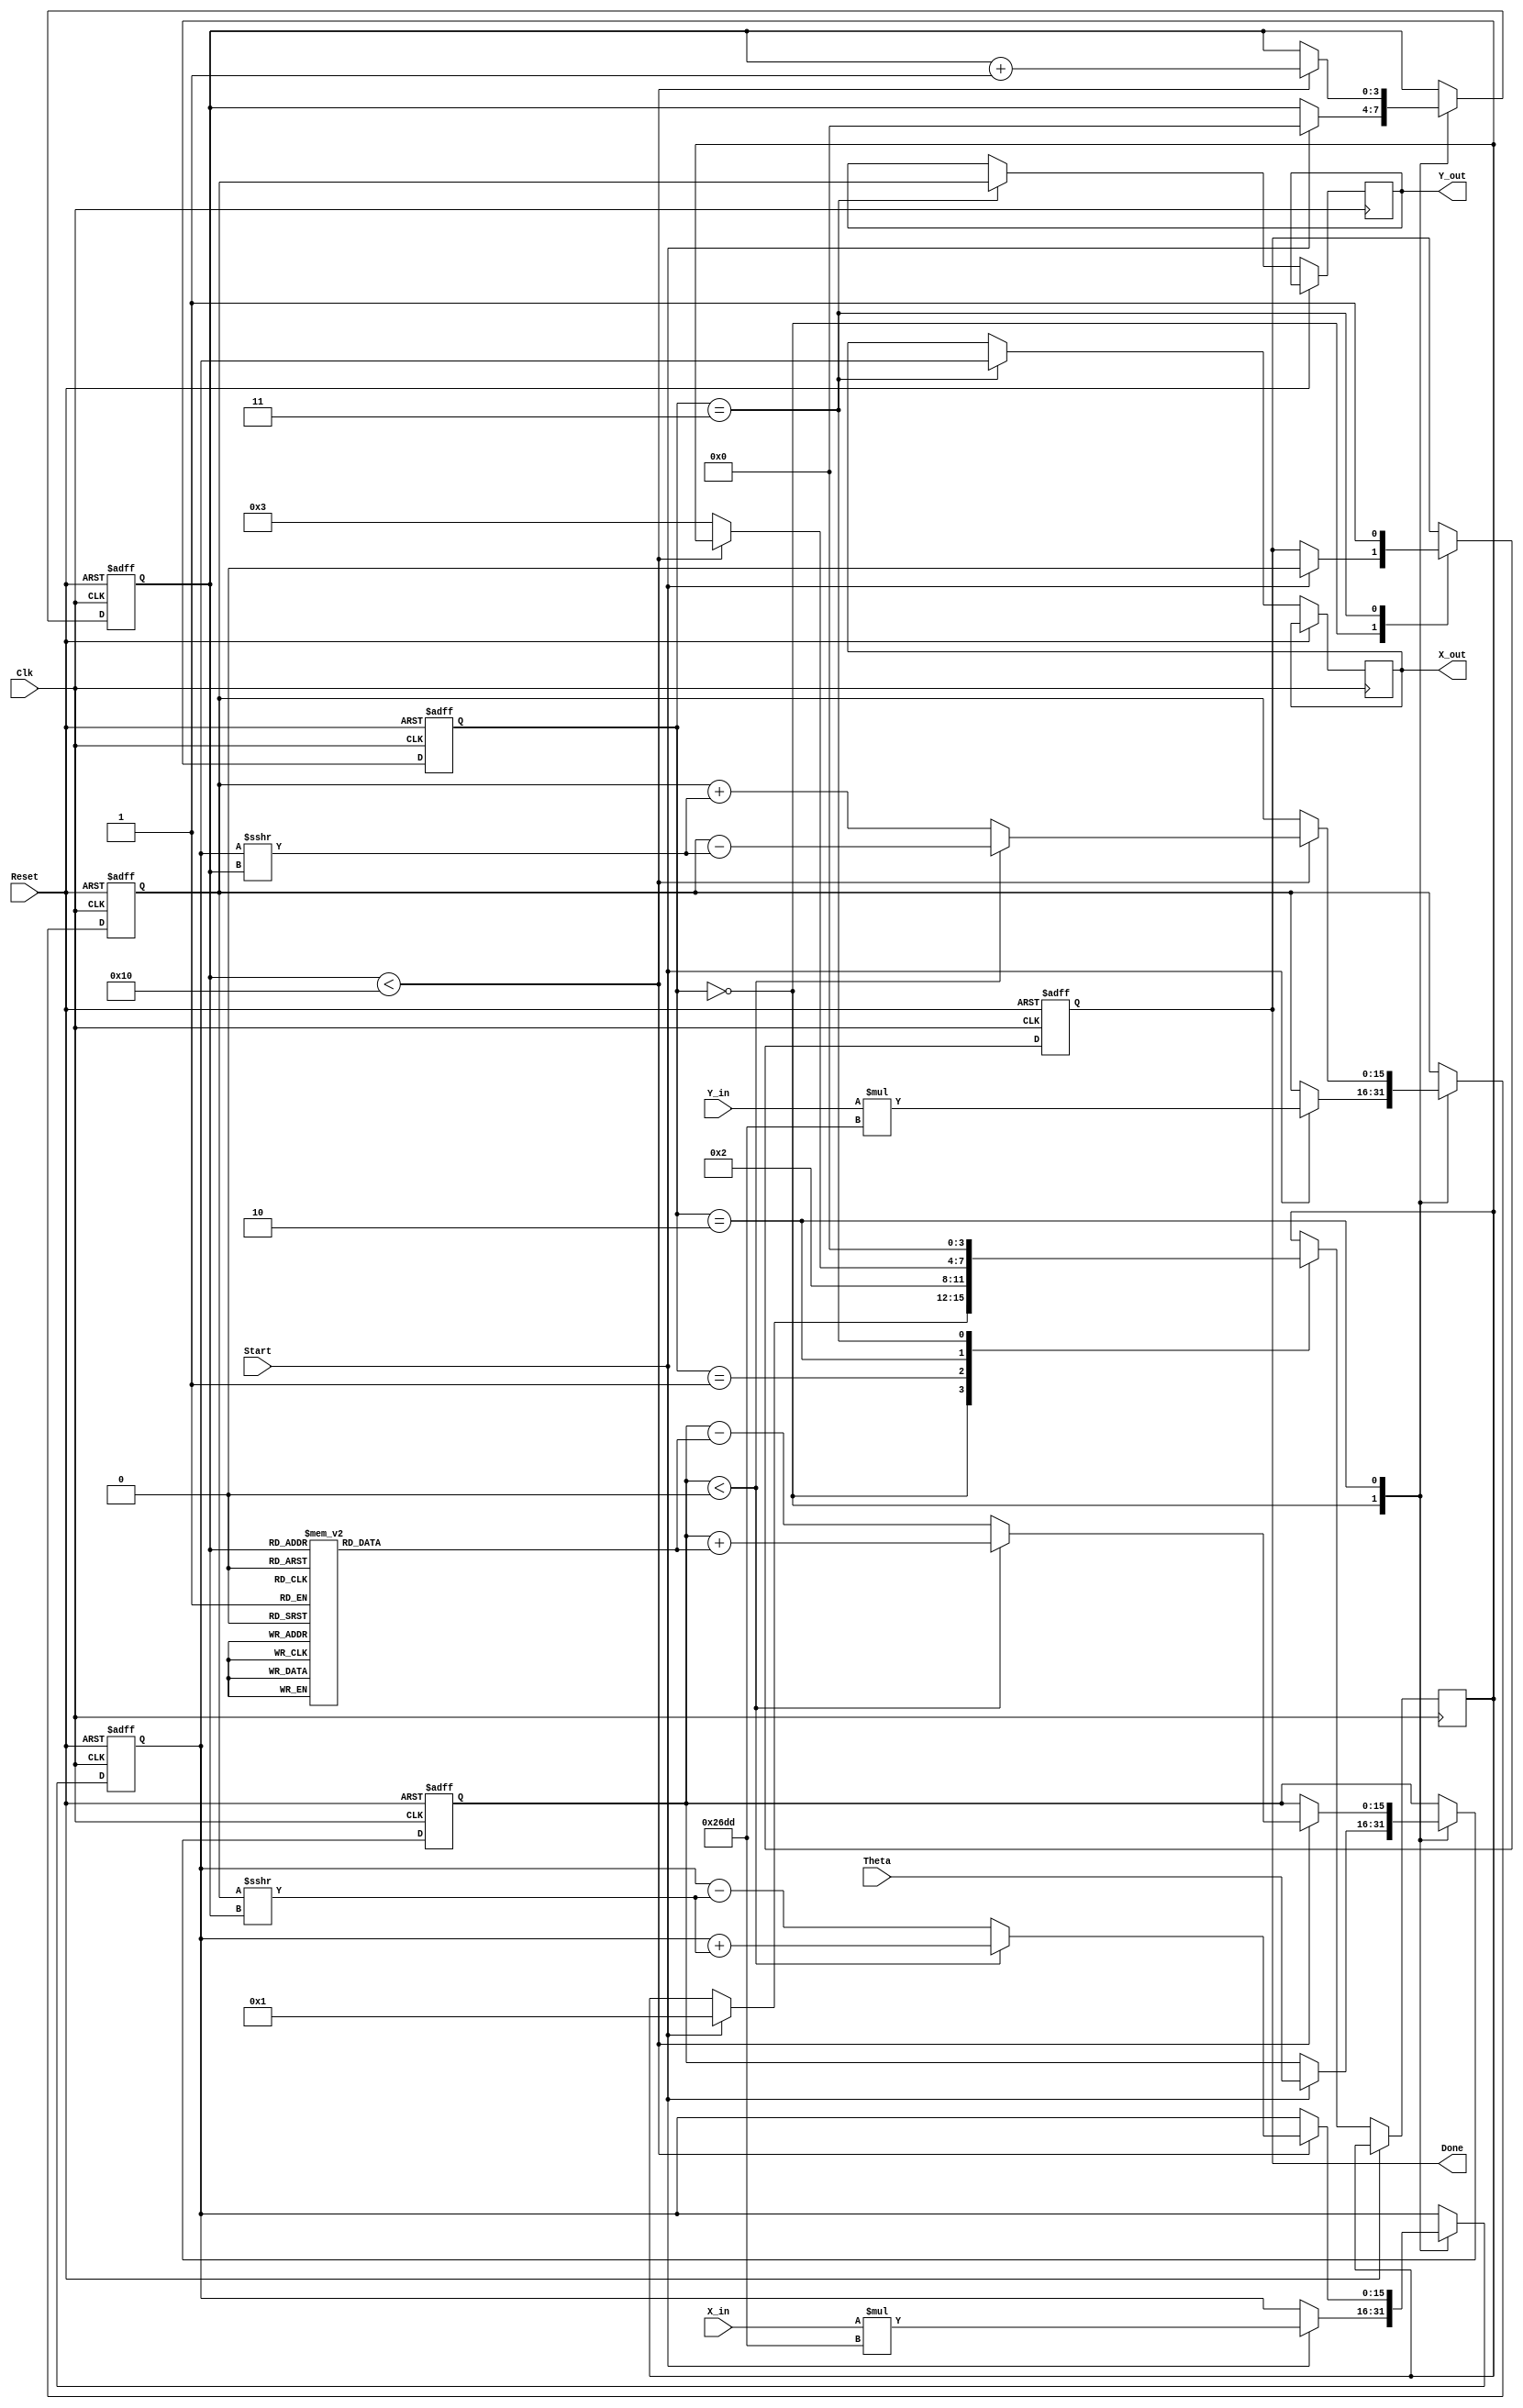
module rotational_cordic (
    input wire signed [15:0] X_in,      // Input X coordinate
    input wire signed [15:0] Y_in,      // Input Y coordinate
    input wire signed [15:0] Theta,      // Desired angle of rotation
    input wire Start,                    // Control signal to start computation
    input wire Clk,                      // Clock signal
    input wire Reset,                    // Asynchronous reset
    output reg signed [15:0] X_out,      // Output X coordinate
    output reg signed [15:0] Y_out,      // Output Y coordinate
    output reg Done                      // Completion signal
);

    // Internal registers
    reg signed [15:0] X_reg;
    reg signed [15:0] Y_reg;
    reg signed [15:0] Z_reg;
    reg [3:0] Iteration_count;           // 4 bits for up to 16 iterations
    reg [3:0] state;                     // State machine
    reg [3:0] next_state;

    // CORDIC gain compensation constant (K)
    parameter signed [15:0] K = 16'h26DD; // Approximation of K = 0.6072 in fixed-point

    // Lookup table for arctangent values (atan(2^-i))
    reg signed [15:0] atan_table [0:15];
    
    initial begin
        // Initialize arctangent values (in fixed-point representation)
        atan_table[0] = 16'h2000; // atan(1) = 45 degrees
        atan_table[1] = 16'h1333; // atan(0.5)
        atan_table[2] = 16'h0A3D; // atan(0.25)
        atan_table[3] = 16'h0519; // atan(0.125)
        atan_table[4] = 16'h028B; // atan(0.0625)
        atan_table[5] = 16'h0145; // atan(0.03125)
        atan_table[6] = 16'h00A2; // atan(0.015625)
        atan_table[7] = 16'h0051; // atan(0.0078125)
        // Additional values can be added for more iterations
    end

    // State machine states
    localparam IDLE = 0, INIT = 1, ITERATE = 2, DONE_STATE = 3;

    // Sequential logic for state machine and registers
    always @(posedge Clk or posedge Reset) begin
        if (Reset) begin
            X_reg <= 0;
            Y_reg <= 0;
            Z_reg <= 0;
            Iteration_count <= 0;
            Done <= 0;
            state <= IDLE;
        end else begin
            state <= next_state;
            case (state)
                IDLE: begin
                    if (Start) begin
                        X_reg <= X_in * K; // Apply gain compensation
                        Y_reg <= Y_in * K; // Apply gain compensation
                        Z_reg <= Theta;
                        Iteration_count <= 0;
                        Done <= 0;
                        next_state <= INIT;
                    end
                end
                INIT: begin
                    next_state <= ITERATE;
                end
                ITERATE: begin
                    if (Iteration_count < 16) begin
                        if (Z_reg < 0) begin
                            // Rotate clockwise
                            X_reg <= X_reg + (Y_reg >>> Iteration_count);
                            Y_reg <= Y_reg - (X_reg >>> Iteration_count);
                            Z_reg <= Z_reg + atan_table[Iteration_count];
                        end else begin
                            // Rotate counterclockwise
                            X_reg <= X_reg - (Y_reg >>> Iteration_count);
                            Y_reg <= Y_reg + (X_reg >>> Iteration_count);
                            Z_reg <= Z_reg - atan_table[Iteration_count];
                        end
                        Iteration_count <= Iteration_count + 1;
                    end else begin
                        next_state <= DONE_STATE;
                    end
                end
                DONE_STATE: begin
                    X_out <= X_reg;
                    Y_out <= Y_reg;
                    Done <= 1;
                    next_state <= IDLE; // Go back to IDLE
                end
            endcase
        end
    end

endmodule